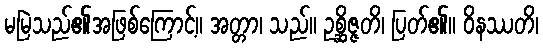
မမြဲသည်၏အဖြစ်ကြောင့်။ အတ္တာ၊ သည်။ ဥစ္ဆိဇ္ဇတိ၊ ပြတ်၏။ ဝိနဿတိ၊